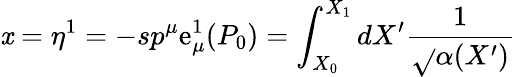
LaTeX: \mathit{x}=\eta^{1}=-sp^{\mu}\mathrm{e}_{\mu}^{1}(P_{0})=\int_{X_{0}}^{X_{1}}dX^{\prime}\frac{{1}}{{\sqrt{}{{\alpha(X^{\prime})}}}}